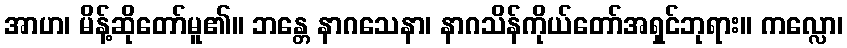
အာဟ၊ မိန့်ဆိုတော်မူ၏။ ဘန္တေ နာဂသေနာ၊ နာဂသိန်ကိုယ်တော်အရှင်ဘုရား။ ကလ္လော၊